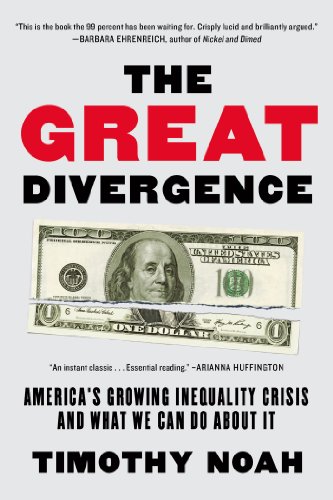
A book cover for The Great Divergence: America's Growing Inequality Crisis and What We Can Do about It; Timothy Noah; Business & Money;